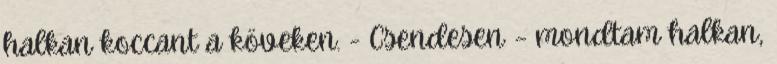
halkan koccant a köveken. - Csendesen – mondtam halkan,